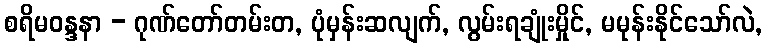
စရိမဝန္ဒနာ - ဂုဏ်တော်တမ်းတ, ပုံမှန်းဆလျက်, လွမ်းရချုံးမှိုင်, မမုန်းနိုင်သော်လဲ,